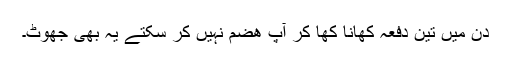
دن میں تین دفعہ کھانا کھا کر آپ ھضم نہیں کر سکتے یہ بھی جھوٹ۔